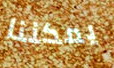
يمكننا